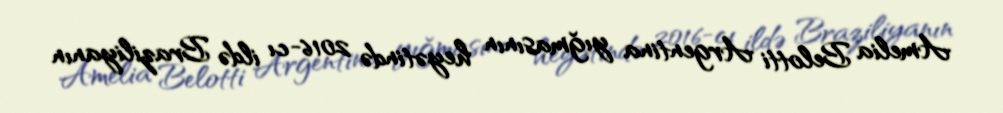
Amelia Belotti Argentina yığmasının heyətində 2016-cı ildə Braziliyanın